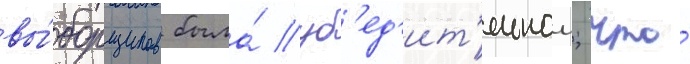
вы́борщиков была́ уб'ед'ит'ельнои; что́